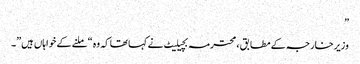
”
وزیر خارجہ کے مطابق ، محترمہ بچیلیٹ نے کہا تھا کہ وہ “ملنے کے خواہاں ہیں”۔